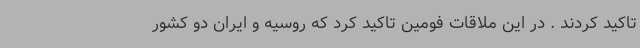
تاکید کردند . در این ملاقات فومین تاکید کرد که روسیه و ایران دو کشور